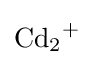
{\mathrm {Cd} {\vphantom {A}}_{\smash[{t}]{2}}{\vphantom {A}}^{+}}